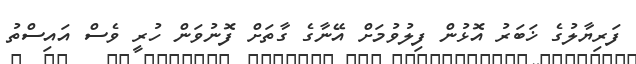
ފަރިޔާލުގެ ޚަބަރު އޮޅުން ފިލުވުމަށް އޭނާގެ ގާތަށް ފޮނުވަން ހުރީ ވެސް އައިސްތު